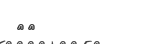
٣٨